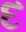
દ